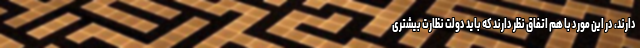
دارند، در این مورد با هم اتفاق نظر دارند که باید دولت نظارت بیشتری